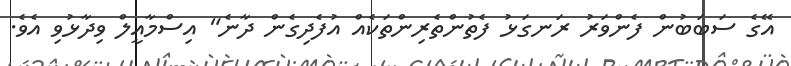
އޭގެ ސަބަބުން ފެންވަރު ރަނގަޅު ފެތުންތެރިންތަކެއް އުފެދިގެން ދާނެ" އިސްމާއީލް ވިދާޅުވި އެވެ.